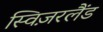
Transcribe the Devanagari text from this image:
स्विज़रलैंड